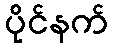
ပိုင်နက်